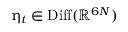
\upeta _ { t } \in \operatorname { D i f f } ( \mathbb { R } ^ { 6 N } )